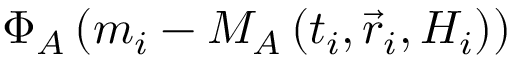
\Phi _ { A } \left( m _ { i } - M _ { A } \left( t _ { i } , \vec { r } _ { i } , { \cal H } _ { i } \right) \right)